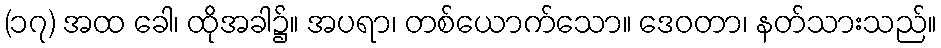
(၁၇) အထ ခေါ၊ ထိုအခါ၌။ အပရာ၊ တစ်ယောက်သော။ ဒေဝတာ၊ နတ်သားသည်။